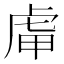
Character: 𧆥